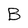
Character: B